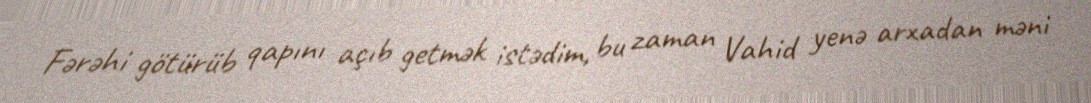
Fərəhi götürüb qapını açıb getmək istədim, bu zaman Vahid yenə arxadan məni